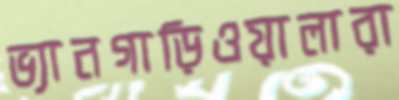
ভ্যানগাড়িওয়ালারা